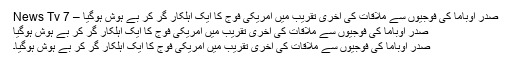
صدر اوباما کی فوجیوں سے ملاقات کی آخری تقریب میں امریکی فوج کا ایک اہلکار گر کر بے ہوش ہوگیا – 7 News Tv
صدر اوباما کی فوجیوں سے ملاقات کی آخری تقریب میں امریکی فوج کا ایک اہلکار گر کر بے ہوش ہوگیا
صدر اوباما کی فوجیوں سے ملاقات کی آخری تقریب میں امریکی فوج کا ایک اہلکار گر کر بے ہوش ہوگیا۔